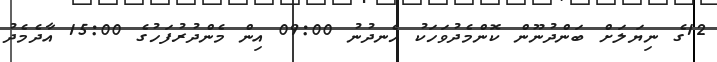
12ގެ ނިޔަލަށް ބަންދުނޫން ކޮންމެދުވަހަކު ހެނދުނު 09:00 އިން މެންދުރުފަހުގެ 15:00 އާދެމެދު